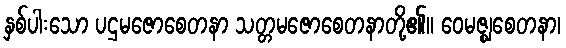
နှစ်ပါးသော ပဌမဇောစေတနာ သတ္တမဇောစေတနာတို့၏။ ဝေမဇ္ဈစေတနာ၊